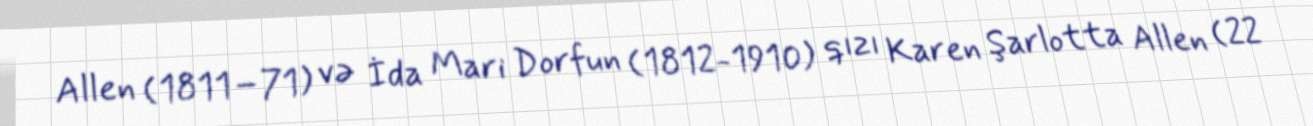
Allen (1811–71) və İda Mari Dorfun (1812-1910) qızı Karen Şarlotta Allen (22